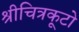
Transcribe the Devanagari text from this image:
श्रीचित्रकूटो